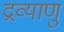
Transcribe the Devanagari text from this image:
द्रव्याणु